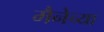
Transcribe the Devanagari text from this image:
मैनेच्या